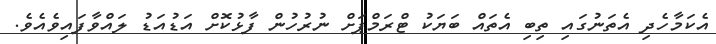
އެކަމާހެދި އެތަނުގައި ތިބި އެތައް ބަޔަކު ޓްރަމްޕަށް ނުރުހުން ފާޅުކޮށް އަޑުއަޑު ލައްވާފައިވެއެވެ.